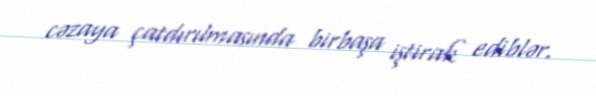
cəzaya çatdırılmasında birbaşa iştirak ediblər.